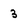
Character: 3